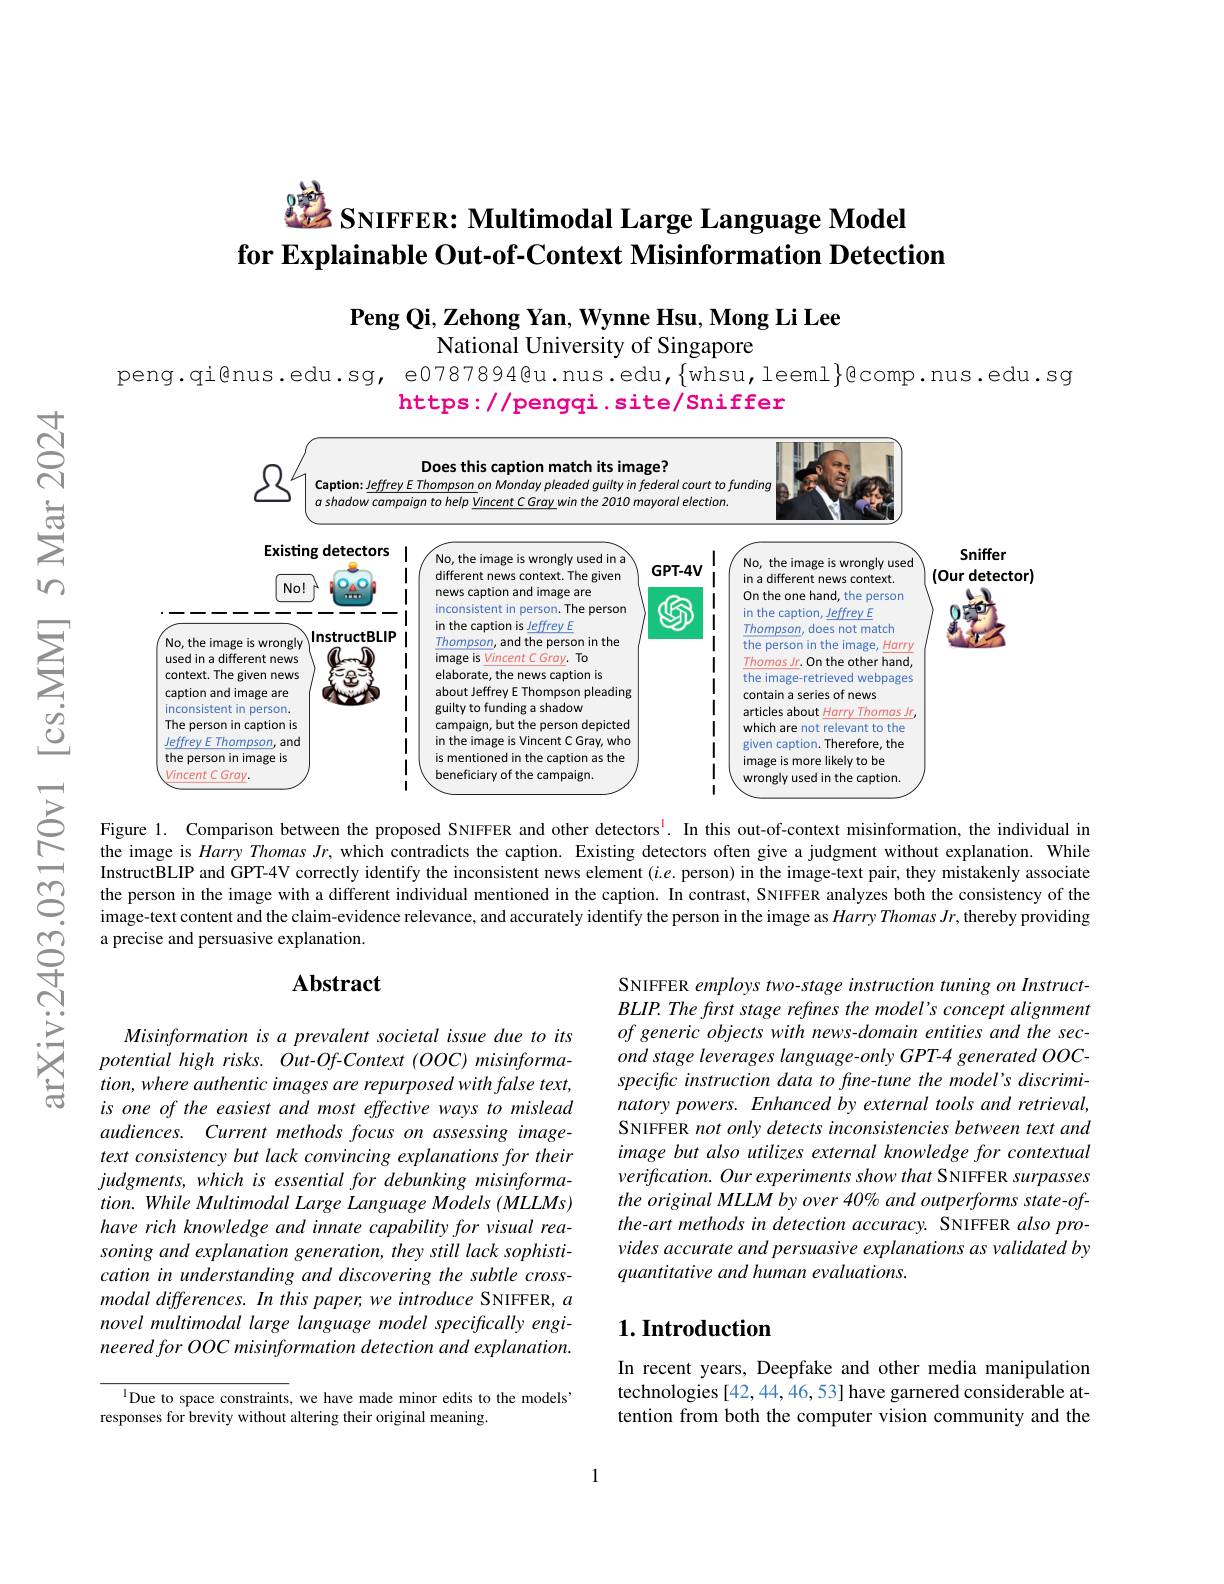
### $0F61$ $zz$ SNIFFER: Multimodal Large Language Model for Explainable Out-of-Context Misinformation Detection

$\textbf{Peng Qi, Zehong Yan, Wynne Hsu, Mong Li Lee}$
National University of Singapore

peng.qi@nus.edu.sg, e0787894@u.nus.edu,{whsu,leeml}{gomp.nus.edu.sg}
https://pengqi.site/Sniffer

<FigureHere>

Figure 1. Comparison between the proposed SNIFFER and other detectors$^{\mathrm{l}}$. In this out-of-context misinformation, the individual in the image is $Harry\textit{Thomas Jr, which contradicts the caption. Existing detectors often give a judgment without explanation. Whiler sthomas Jr, which contradicts the caption. Existing detectors often give a judgment without explanation. Wh\`{ı } leng sin sthing}$ InstructBLIP and GPT-4V correctly identify the inconsistent news element $(i.e.$ person) in the image-text pair, they mistakenly associate the person in the image with a different individual mentioned in the caption. In contrast, SNIFFER analyzes both the consistency of the image-text content and the claim-evidence relevance, and accurately identify the person in the image as Harry Thomas Jr, thereby providing a precise and persuasive explanation.

### $\mathbf{Abstract}$

SNIFFER employs two-stage instruction tuning on InstructBLIP. The first stage refines the model's concept alignment of generic objects with news-domain entities and the second stage leverages language- only GPT-4 generated OOCspecific instruction data to fine-tune the model's discriminatory powers. Enhanced by external tools and retrieval, SNIFFER not only detects inconsistencies between text and image but also utilizes external knowledge for contextual verification. Our experiments show that SNIFFER surpasses the original MLLM by over 40% and outperforms state-ofthe-art methods in detection accuracy. SNIFFER also provides accurate and persuasive explanations as validated by quantitative and human evaluations.

Misinformation is a prevalent societal issue due to its $potentialhigh~risks.~Out-Of-Context~(OOC)~misinforma-$ tion, where authentic images are repurposed with false text, is one of the easiest and most effective ways to mislead audiences. Current methods focus on assessing imagetext consistency but lack convincing explanations for their $judgments,which$ is essential for debunking misinformation. While Multimodal Large Language Models (MLLMs) have rich knowledge and innate capability for visual reasoning and explanation generation, they still lack sophistication in understanding and discovering the subtle crossmodal differences. In this paper, we introduce SNIFFER, $a$ novel multimodal large language model specifically engineeredforOOCmisinformation detection and explanation.

## $1. \textbf{Introduction}$

In recent years, Deepfake and other media manipulation technologies [42,44,46,53] have garnered considerable attention from both the computer vision community and the

$^{\mathrm{l}}$Due to space constraints, we have made minor edits to the models'
responses for brevity without altering their original meaning.